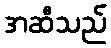
အဆီသည်